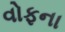
વોફના